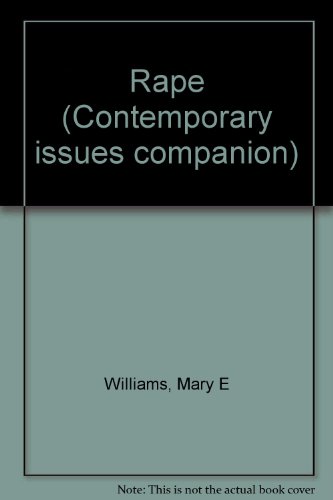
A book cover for Contemporary Issues Companion - Rape (hardcover edition); Mary E. Williams; Teen & Young Adult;